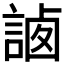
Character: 𧨼